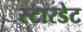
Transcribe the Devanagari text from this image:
स्टारडेट